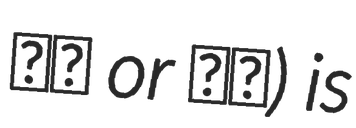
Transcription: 流星 or 劉生) is